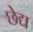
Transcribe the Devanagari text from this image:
छेद्य